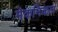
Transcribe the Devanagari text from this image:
मेकनिकल